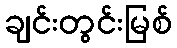
ချင်းတွင်းမြစ်